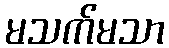
မသက်မသာ